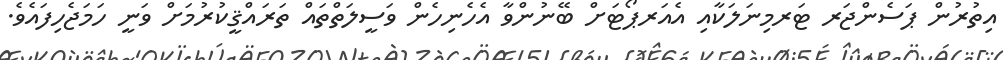
އިތުރުން ޕަސެންޖަރ ޓަރމިނަލަކާއި އެއަރޕޯޓަށް ބޭނުންވާ އެހެނިހެން ވަސީލަތްތައް ތަރައްޤީކުރުމަށް ވަނީ ހަމަޖެހިފައެވެ.